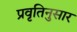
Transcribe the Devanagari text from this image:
प्रवृतिनुसार